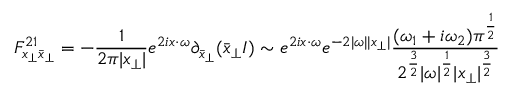
F _ { x _ { \perp } \bar { x } _ { \perp } } ^ { 2 1 } = - \frac { 1 } { 2 \pi | x _ { \perp } | } e ^ { 2 i x \cdot \omega } \partial _ { \bar { x } _ { \perp } } ( \bar { x } _ { \perp } I ) \sim e ^ { 2 i x \cdot \omega } e ^ { - 2 | \omega | | x _ { \perp } | } { \frac { ( \omega _ { 1 } + i \omega _ { 2 } ) \pi ^ { { \frac { 1 } { 2 } } } } { 2 ^ { { \frac { 3 } { 2 } } } | \omega | ^ { { \frac { 1 } { 2 } } } | x _ { \perp } | ^ { { \frac { 3 } { 2 } } } } }